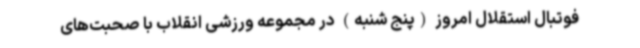
فوتبال استقلال امروز (پنج شنبه) در مجموعه ورزشی انقلاب با صحبت‌های